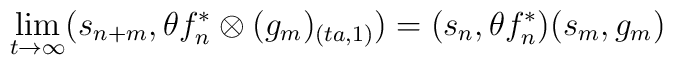
\lim_{t \rightarrow \infty }(s_{n + m},\theta f_{n}^{\ast }\otimes (g_{m})_{(ta,1)}) =(s_{n},\theta f_{n}^{\ast })(s_{m},g_{m})